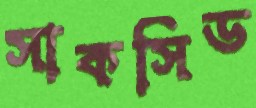
সাকসিড